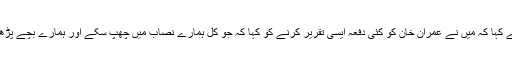
انہوں نے کہا کہ میں نے عمران خان کو کئی دفعہ ایسی تقریر کرنے کو کہا کہ جو کل ہمارے نصاب میں چھپ سکے اور ہمارے بچے پڑھ سکیں ۔